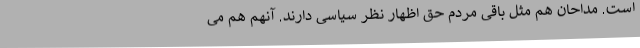
است. مداحان هم مثل باقی مردم حق اظهار نظر سیاسی دارند. آنهم هم می